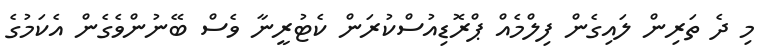
މި ދެ ތަރިން ލައިގެން ފިލްމެއް ޕްރޮޑިއުސްކުރަން ކެޓުރީނާ ވެސް ބޭނުންވެގެން އެކަމުގެ